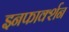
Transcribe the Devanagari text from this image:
इनफार्क्शन